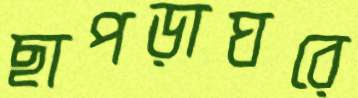
ছাপড়াঘরে